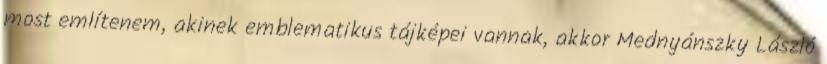
most említenem, akinek emblematikus tájképei vannak, akkor Mednyánszky László